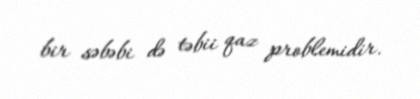
bir səbəbi də təbii qaz problemidir.